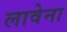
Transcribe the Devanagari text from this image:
लावेना